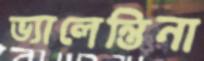
ভ্যালেন্তিনা